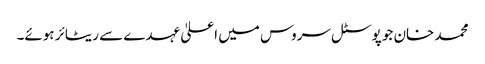
محمد خان جو پوسٹل سروس میں اعلیٰ عہدے سے ریٹائر ہوئے۔